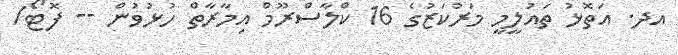
އދ. އަތޮޅު ތައުލީމީ މަރުކަޒުގެ 16 ކްލާސްރޫމް އިމާރާތް ހުޅުވުން -- ފޮޓޯ/